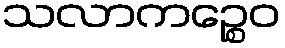
သလာကဉ္စေဝ